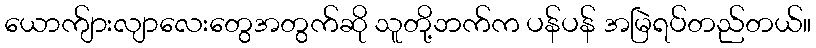
ယောက်ျားလျာလေးတွေအတွက်ဆို သူတို့ဘက်က ပန်ပန် အမြဲရပ်တည်တယ်။